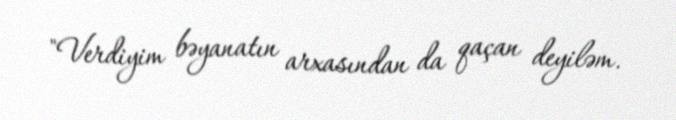
"Verdiyim bəyanatın arxasından da qaçan deyiləm.